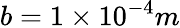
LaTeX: b=1\times 10^{-4}m